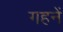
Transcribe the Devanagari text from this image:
गहनें